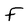
Character: f